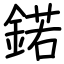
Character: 鍩